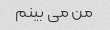
من می بینم